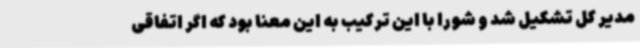
مدیر کل تشکیل شد و شورا با این ترکیب به این معنا بود که اگر اتفاقی